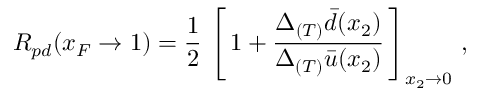
R _ { p d } ( x _ { F } \rightarrow 1 ) = \frac { 1 } { 2 } \, \left[ \, 1 + \frac { \Delta _ { ( T ) } \bar { d } ( x _ { 2 } ) } { \Delta _ { ( T ) } \bar { u } ( x _ { 2 } ) } \, \right] _ { x _ { 2 } \rightarrow 0 } \, ,